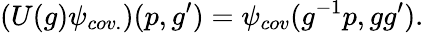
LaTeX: (U(g)\psi_{cov.})(p,g^{\prime})=\psi_{cov}(g^{-1}p,gg^{\prime}).